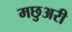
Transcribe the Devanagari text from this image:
मछुअरी